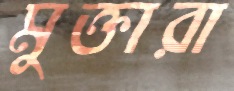
মুক্তারা